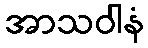
အာသဝါနံ